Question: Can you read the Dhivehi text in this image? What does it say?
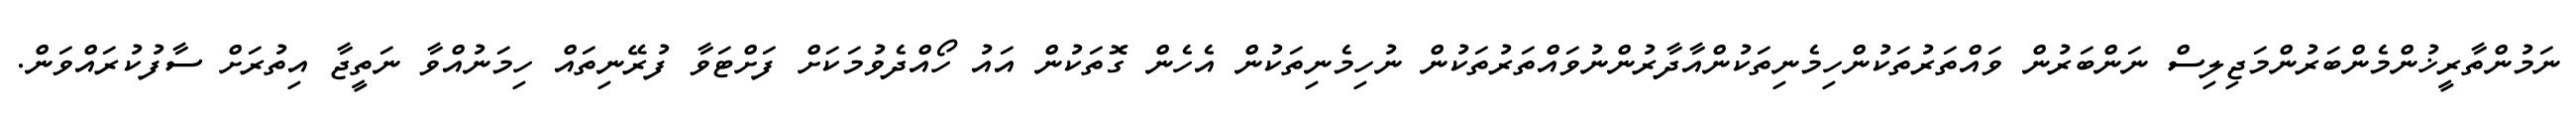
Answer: ނަމުންތާރީޚުންމެންބަރުންމަޖިލިސް ނަންބަރުން ވައްތަރުތަކުންހިމެނިތަކުންއާދާރުންނުވައްތަރުތަކުން ނުހިމެނިތަކުން އެހެން ގޮތަކުން އައު ހޯއްދެވުމަކަށް ފަށްޓަވާ ފުރޭނިތައް ހިމަނުއްވާ ނަތީޖާ އިތުރަށް ސާފުކުރައްވަން.